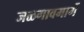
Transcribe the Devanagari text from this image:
जळगावमार्गे